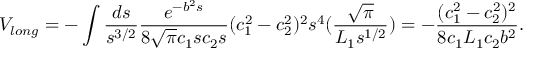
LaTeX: V _ { l o n g } = - \int \frac { d s } { s ^ { 3 / 2 } } \frac { e ^ { - b ^ { 2 } s } } { 8 \sqrt { \pi } c _ { 1 } s c _ { 2 } s } ( c _ { 1 } ^ { 2 } - c _ { 2 } ^ { 2 } ) ^ { 2 } s ^ { 4 } ( \frac { \sqrt { \pi } } { L _ { 1 } s ^ { 1 / 2 } } ) = - \frac { ( c _ { 1 } ^ { 2 } - c _ { 2 } ^ { 2 } ) ^ { 2 } } { 8 c _ { 1 } L _ { 1 } c _ { 2 } b ^ { 2 } } .